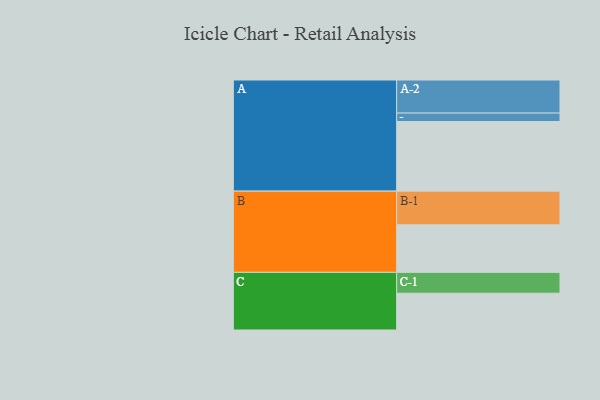
{"axis": {"x": "Segment", "y": "Value"}, "legend": ["", "A", "B", "C"], "data": [{"x": "A", "y": 575, "type": ""}, {"x": "B", "y": 393, "type": ""}, {"x": "C", "y": 304, "type": ""}, {"x": "A-1", "y": 70, "type": "A"}, {"x": "A-2", "y": 273, "type": "A"}, {"x": "B-1", "y": 278, "type": "B"}, {"x": "C-1", "y": 172, "type": "C"}]}